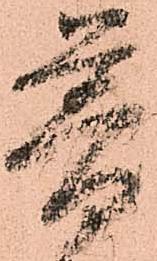
普